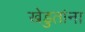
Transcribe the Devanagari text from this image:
खेडुतांना